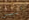
أليس